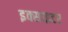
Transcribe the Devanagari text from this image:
इक्साइटर